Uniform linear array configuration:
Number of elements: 4
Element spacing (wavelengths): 0.5
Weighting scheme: kaiser
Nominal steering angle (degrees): -60
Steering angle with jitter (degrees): -61.079
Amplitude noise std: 0.05
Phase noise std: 0.05

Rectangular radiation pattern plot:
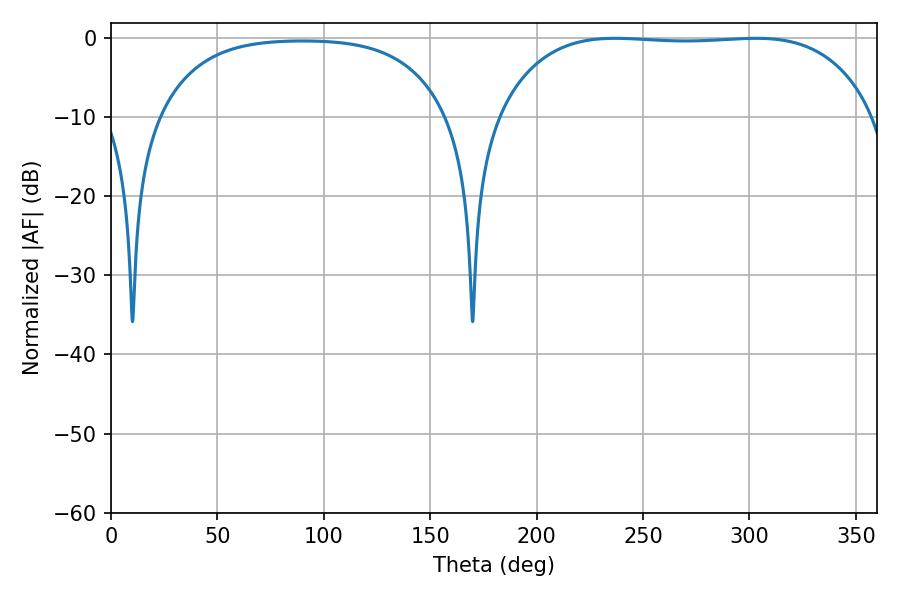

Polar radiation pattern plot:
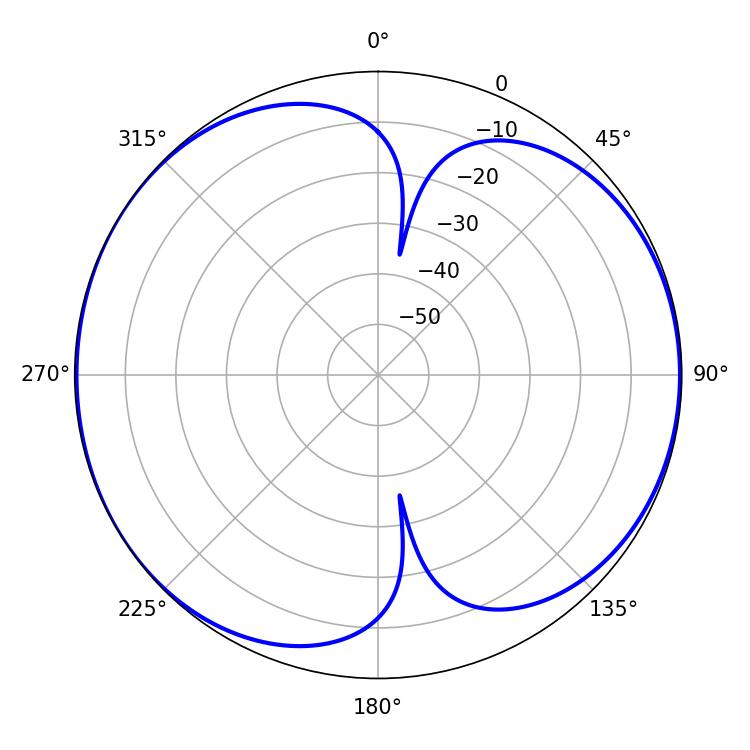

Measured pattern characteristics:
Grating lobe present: FALSE
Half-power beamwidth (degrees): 137.88
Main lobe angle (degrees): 236.88